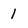
Character: 1